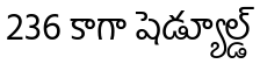
236 కాగా షెడ్యూల్డ్